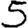
Digit: 5